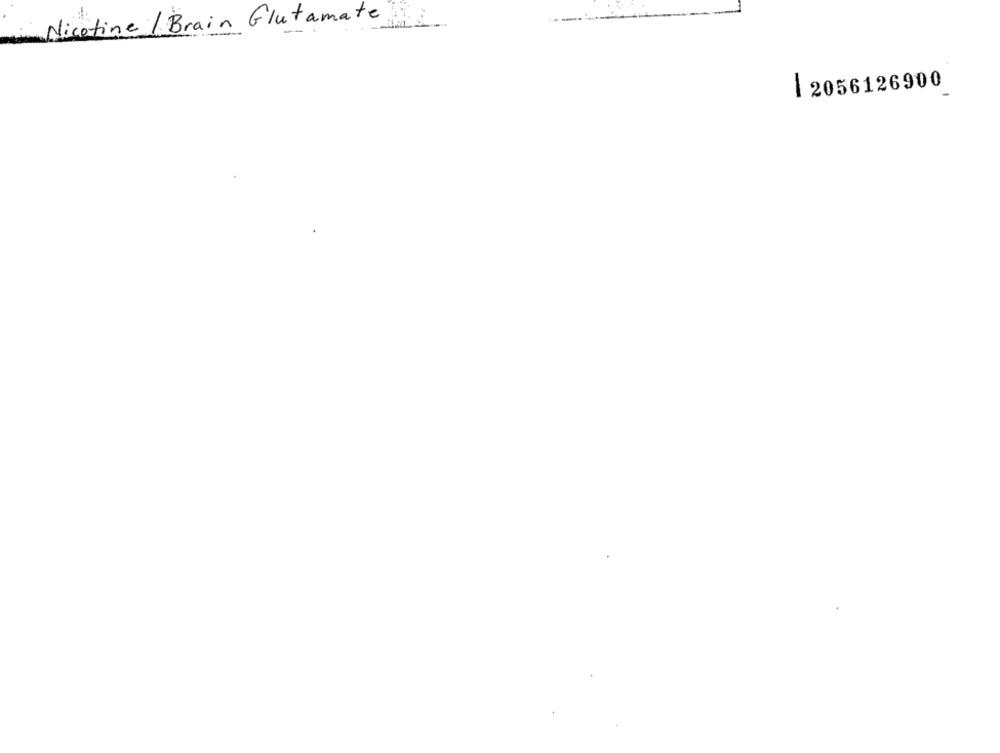
Nicotine / Brain Glutamate
|2056126900